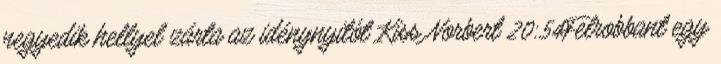
negyedik hellyel zárta az idénynyitót Kiss Norbert 20:54Felrobbant egy